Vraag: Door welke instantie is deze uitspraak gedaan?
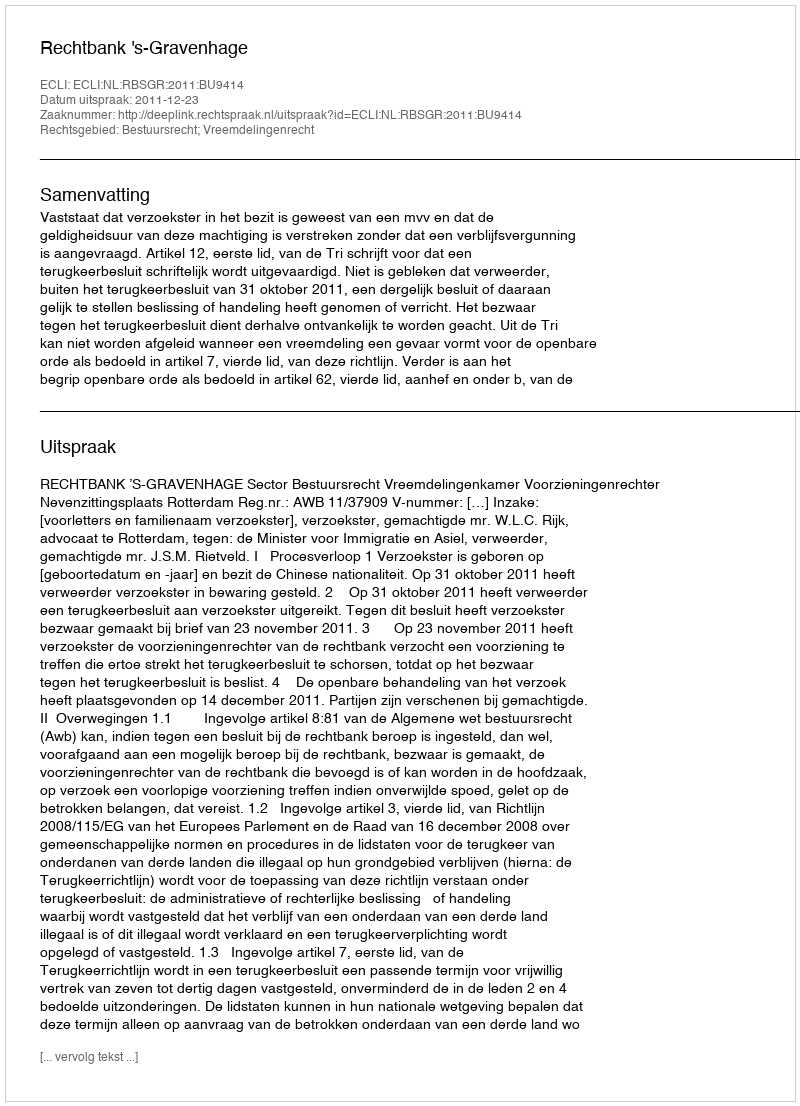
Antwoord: Rechtbank 's-Gravenhage